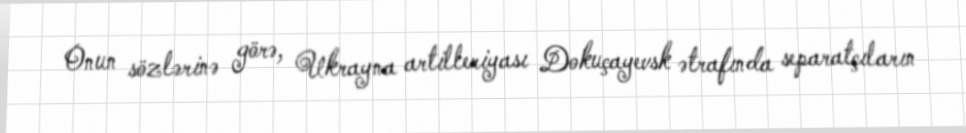
Onun sözlərinə görə, Ukrayna artilleriyası Dokuçayevsk ətrafında separatçıların